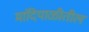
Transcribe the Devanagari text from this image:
मांदियाळीतील